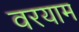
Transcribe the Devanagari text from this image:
वरयाम